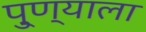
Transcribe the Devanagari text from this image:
पु्ण्याला